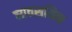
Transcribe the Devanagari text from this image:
व्यवसयिक